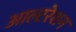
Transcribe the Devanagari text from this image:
आल्टरेशन